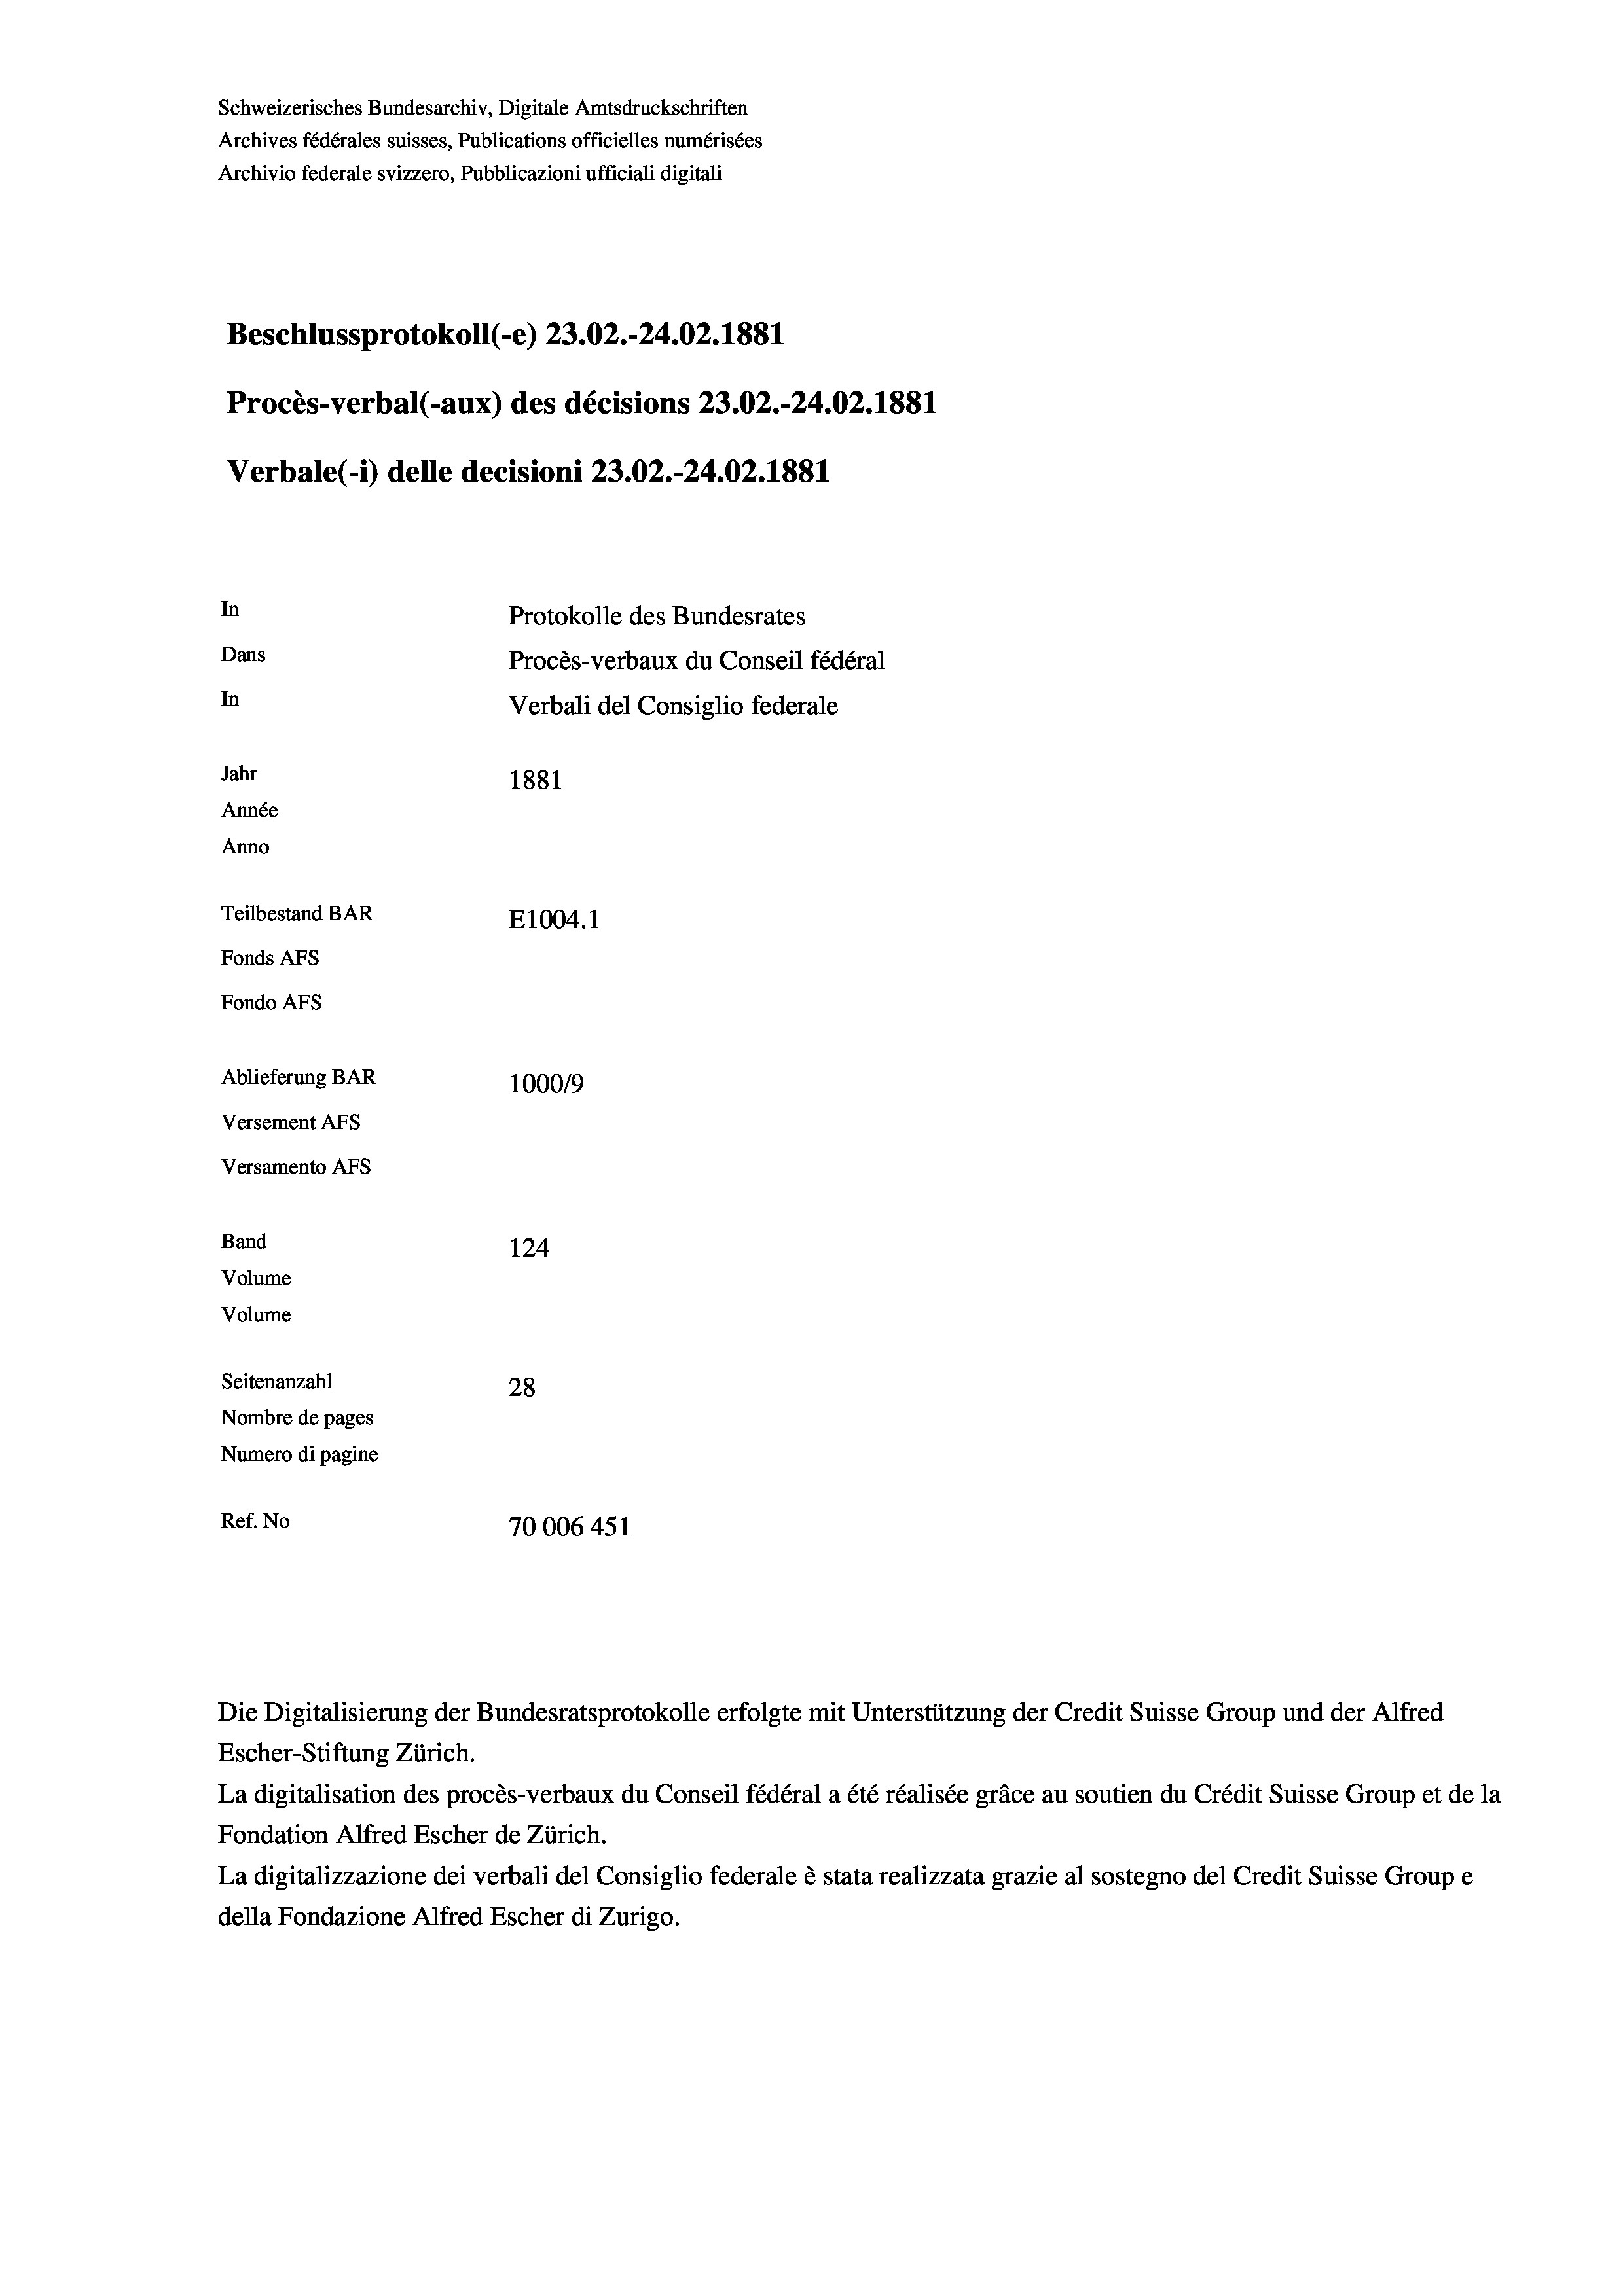
Schweizerisches Bundesarchiv, Digitale Amtsdruckschriften
Archives fédérales suisses, Publications officielles numérisées
Archivio federale svizzero, Pubblicazioni ufficiali digitali
Beschlussprotokoll (-e) 23.02.-24.02. 1881
Procès-verbal (-aux) des décisions 23.02.-24.02. 1881
Verbale(-*) delle decisioni 23.02.-24.02.1881
In
Protokolle des Bundesrates
Dans
Procès-verbaux du Conseil fédéral
In
Verbali del Consiglio federale
Jahr
1881
Année
Anno
Teilbestand BAR
E1004. 1
Fonds AFs
Fondo Afs
Ablieferung BAR
100019
Versement AFs
Versamento Afs
Band
124
Volume
Volume
Seitenanzahl
28
Nombre de pages
Numero di pagine
Ref. No
70006 451

Escher-Stiftung Zürich.
La digitalisation des procès-verbaux du Conseil fédéral a été réalisée gräce au soutien du Crédit Suisse Group et de la
Fondation Alfred Escher de Zürich.
La digitalizzazione dei verbali del Consiglio federale è stata realizzata grazie al sostegno del Credit Suisse Groupe
della Fondazione Alfred Escher di Zurigo.

Die Digitalisierung der Bundesratsprotokolle erfolgte mit Unterstützung der Credit Suisse Group und der Alfred